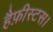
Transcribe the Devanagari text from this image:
हैफ़ीस्टस।